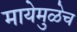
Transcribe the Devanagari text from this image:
मायेमुळेच